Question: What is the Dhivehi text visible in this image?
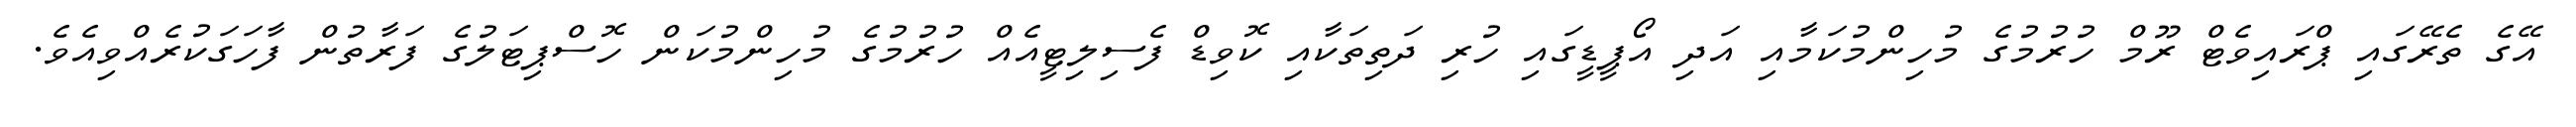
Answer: އޭގެ ތެރޭގައި ޕްރައިވެޓް ރޫމް ހުރުމުގެ މުހިންމުކަމާއި އަދި އޯޕީޑީގައި ހުރި ދަތިތަކާއި ކޮވިޑް ފެސިލިޓީއެއް ހުރުމުގެ މުހިންމުކަން ހޮސްޕިޓަލުގެ ފަރާތުން ފާހަގަކުރެއްވިއެވެ.